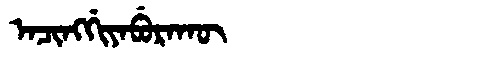
Manchu: ᠠᠴᡳᠩᡤᡳᠶᠠᠪᡠᡵᠠᡴᡡ
Romanization: ACINGGIYABURAKŪ